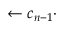
\leftarrow c _ { n - 1 } \cdot